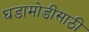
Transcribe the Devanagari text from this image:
घडामोडींसाठी